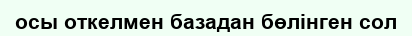
осы откелмен базадан бөлінген сол